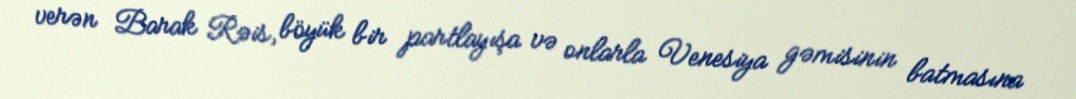
verən Barak Rəis, böyük bir partlayışa və onlarla Venesiya gəmisinin batmasına